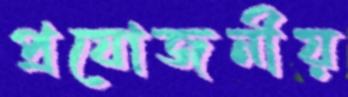
প্রযোজনীয়